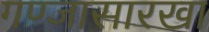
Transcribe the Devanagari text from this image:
गण्जासारखा